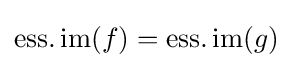
\operatorname {ess.im} (f)=\operatorname {ess.im} (g)